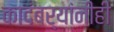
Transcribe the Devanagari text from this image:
कादंबर्‍यांनीही